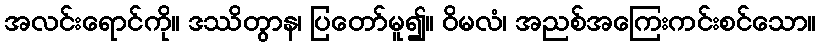
အလင်းရောင်ကို။ ဒဿိတွာန၊ ပြတော်မူ၍။ ဝိမလံ၊ အညစ်အကြေးကင်းစင်သော။